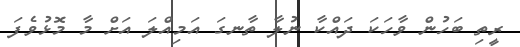
ރީތި ބަހުން ވާހަކަ ދައްކާ ނުލާ ތާނގަ އަމިއްލަ އަށް މާ މޮޅުވެފަ